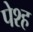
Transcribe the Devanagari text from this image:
पेश्ह